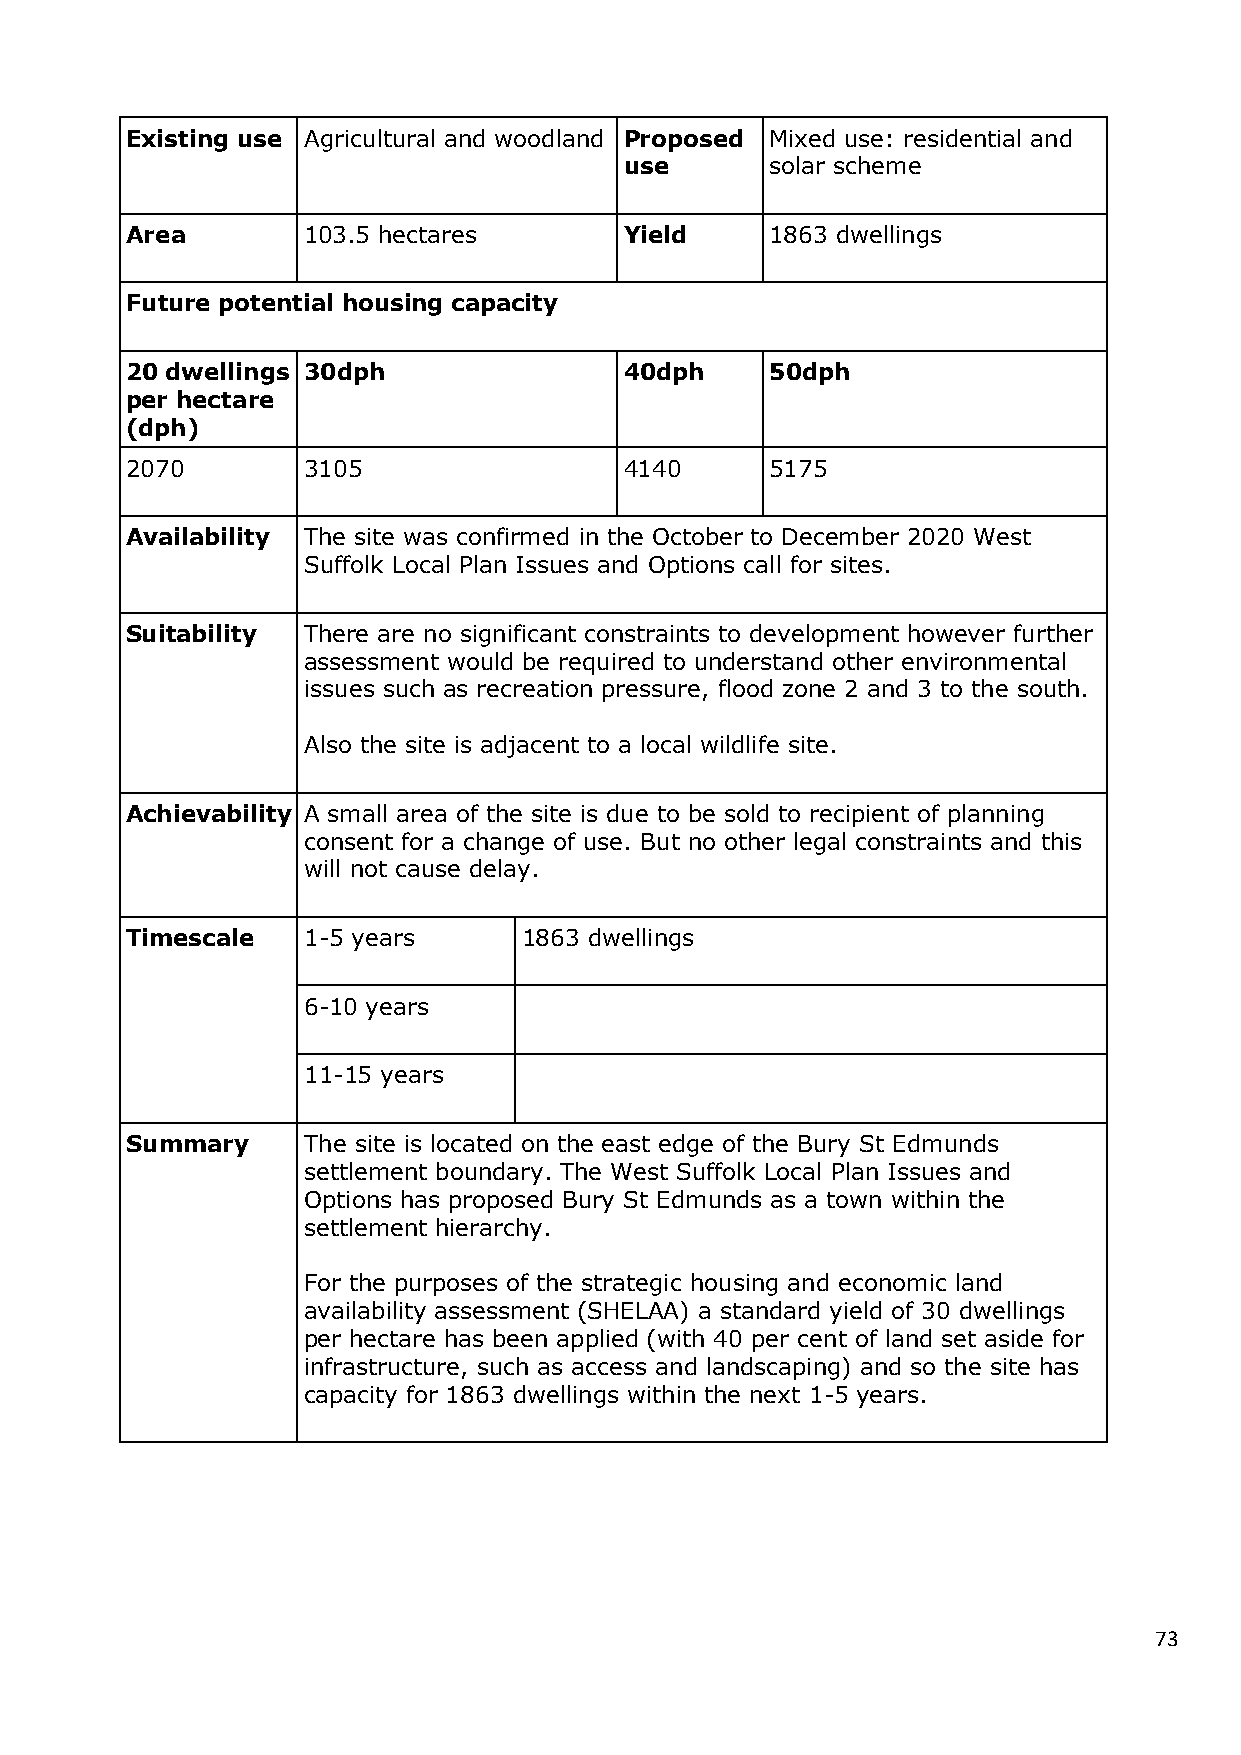
Existing use Agricultural and woodland Proposed Mixed use: residential and
 use       solar scheme
 Area        103.5 hectares       Yield     1863 dwellings
 Future potential housing capacity
 20 dwellings 30dph               40dph     50dph
 per hectare
 (dph)
 2070        3105                 4140      5175
 Availability The site was confirmed in the October to December 2020 West
 Suffolk Local Plan Issues and Options call for sites.
 Suitability There are no significant constraints to development however further
 assessment would be required to understand other environmental
 issues such as recreation pressure, flood zone 2 and 3 to the south.
 Also the site is adjacent to a local wildlife site.
 Achievability A small area of the site is due to be sold to recipient of planning
 consent for a change of use. But no other legal constraints and this
 will not cause delay.
 Timescale   1-5 years      1863 dwellings
 6-10 years
 11-15 years
 Summary     The site is located on the east edge of the Bury St Edmunds
 settlement boundary. The West Suffolk Local Plan Issues and
 Options has proposed Bury St Edmunds as a town within the
 settlement hierarchy.
 For the purposes of the strategic housing and economic land
 availability assessment (SHELAA) a standard yield of 30 dwellings
 per hectare has been applied (with 40 per cent of land set aside for
 infrastructure, such as access and landscaping) and so the site has
 capacity for 1863 dwellings within the next 1-5 years.
 73